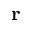
\mathbf { r }